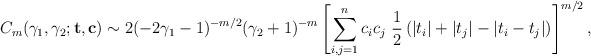
LaTeX: \begin{align*}C_m(\gamma_1,\gamma_2;\mathbf{t},\mathbf{c}) \sim 2 (-2\gamma_1-1)^{-m/2}(\gamma_2+1)^{-m} \left[\sum_{i,j=1}^n c_ic_j~ \frac{1}{2} \left( |t_i| +|t_j| -|t_i-t_j| \right)\right]^{m/2},\end{align*}